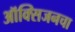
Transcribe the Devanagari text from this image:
ऑक्‍सिजनचा